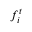
f _ { i } ^ { t }